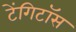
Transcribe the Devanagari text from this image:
टेंगिटॉस